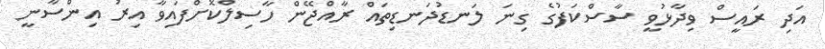
އަދި ރައީސް ވިދާޅުވީ ސާސްކަފުގެ ގިނަ ލަނޑުދަނޑިތައް ރާއްޖޭން ހާސިލްކޮށްފައިވާ އިރު އިންސާނީ